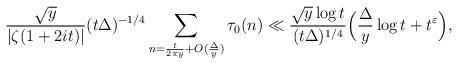
LaTeX: \begin{align*} \frac{\sqrt{y}}{|\zeta(1+2it)|} (t\Delta)^{-1/4} \sum_{n = \frac{t}{2 \pi y} + O(\frac{\Delta}{ y})} \tau_0(n) \ll \frac{\sqrt{y} \log t}{(t\Delta)^{1/4}} \Big(\frac{\Delta}{y} \log t + t^{\varepsilon} \Big),\end{align*}